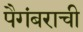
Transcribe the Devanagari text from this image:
पैगंबराची